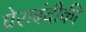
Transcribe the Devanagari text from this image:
घेराबंदीकी